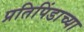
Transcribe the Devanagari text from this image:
प्रतिपिंडाच्या